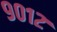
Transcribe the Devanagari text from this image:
९०१२